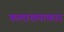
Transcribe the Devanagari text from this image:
कलाचमत्कार